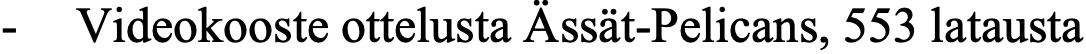
- Videokooste ottelusta Ässät-Pelicans, 553 latausta